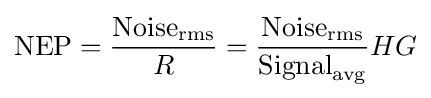
{\text{NEP}}={\frac {{\text{Noise}}_{\text{rms}}}{R}}={\frac {{\text{Noise}}_{\text{rms}}}{{\text{Signal}}_{\text{avg}}}}HG